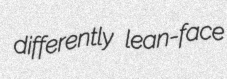
differently lean-face